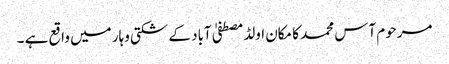
مرحوم آس محمد کا مکان اولڈمصطفیٰ آباد کے شکتی وہار میں واقع ہے ۔